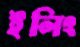
ইলিং